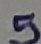
Text: 5